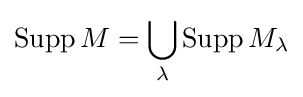
\operatorname {Supp} M=\bigcup _{\lambda }\operatorname {Supp} M_{\lambda }